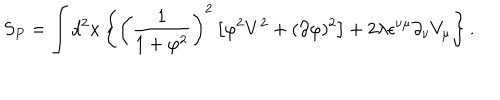
LaTeX: S _ { P } = \int d ^ { 2 } x \left\{ \left( \frac { 1 } { 1 + \varphi ^ { 2 } } \right) ^ { 2 } \left[ \varphi ^ { 2 } V ^ { 2 } + ( \partial \varphi ) ^ { 2 } \right] + 2 \lambda \epsilon ^ { \nu \mu } \partial _ { \nu } V _ { \mu } \right\} .